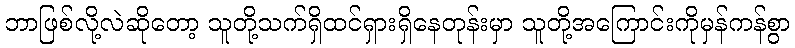
ဘာဖြစ်လို့လဲဆိုတော့ သူတို့သက်ရှိထင်ရှားရှိနေတုန်းမှာ သူတို့အကြောင်းကိုမှန်ကန်စွာ